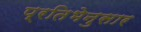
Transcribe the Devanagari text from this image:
प्रतिभेनुसार